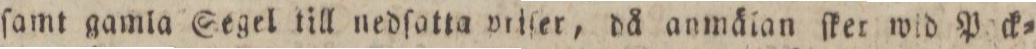
ſamt gamia Segel till nedſatta priſer, då anmälan ſker wid Pack=